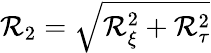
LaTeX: \mathcal{R}_{2}=\sqrt{\mathcal{R}_{\xi}^{2}+\mathcal{R}_{\tau}^{2}}